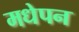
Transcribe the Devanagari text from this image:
मधेपन